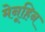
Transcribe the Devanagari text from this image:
मेनूहिन